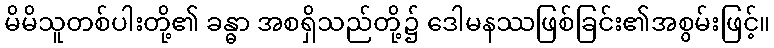
မိမိသူတစ်ပါးတို့၏ ခန္ဓာ အစရှိသည်တို့၌ ဒေါမနဿဖြစ်ခြင်း၏အစွမ်းဖြင့်။